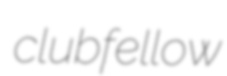
clubfellow